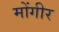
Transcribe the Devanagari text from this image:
मोंगीर